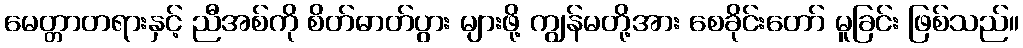
မေတ္တာတရားနှင့် ညီအစ်ကို စိတ်ဓာတ်ပွား များဖို့ ကျွန်မတို့အား စေခိုင်းတော် မူခြင်း ဖြစ်သည်။